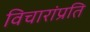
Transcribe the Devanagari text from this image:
विचारांप्रति